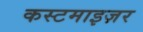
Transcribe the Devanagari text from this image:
कस्टमाइज़र